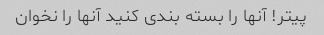
پیتر! آنها را بسته بندی کنید آنها را نخوان